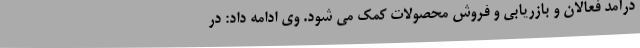
درآمد فعالان و بازریابی و فروش محصولات کمک می شود. وی ادامه داد: در